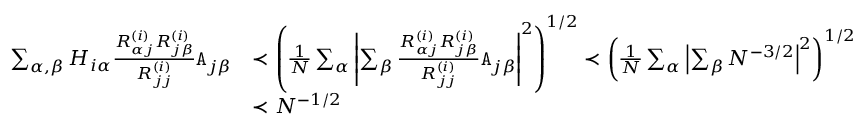
\begin{array} { r l } { \sum _ { \alpha , \beta } H _ { i \alpha } \frac { R _ { \alpha j } ^ { ( i ) } R _ { j \beta } ^ { ( i ) } } { R _ { j j } ^ { ( i ) } } { \texttt A } _ { j \beta } } & { \prec \left( \frac { 1 } { N } \sum _ { \alpha } \left| \sum _ { \beta } \frac { R _ { \alpha j } ^ { ( i ) } R _ { j \beta } ^ { ( i ) } } { R _ { j j } ^ { ( i ) } } { \texttt A } _ { j \beta } \right| ^ { 2 } \right) ^ { 1 / 2 } \prec \left( \frac { 1 } { N } \sum _ { \alpha } \left| \sum _ { \beta } N ^ { - 3 / 2 } \right| ^ { 2 } \right) ^ { 1 / 2 } } \\ & { \prec N ^ { - 1 / 2 } } \end{array}